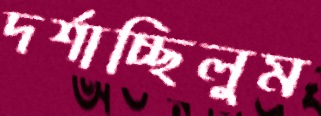
দর্শাচ্ছিলুম